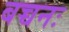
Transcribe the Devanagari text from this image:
बच्चनः